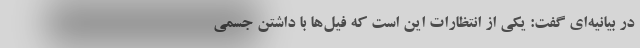
در بیانیه‌ای گفت: یکی از انتظارات این است که فیل‌ها با داشتن جسمی